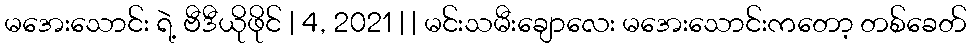
မအေးသောင်း ရဲ့ ဗီဒီယိုဖိုင် | 4, 2021 | | မင်းသမီးချောလေး မအေးသောင်းကတော့ တစ်ခေတ်